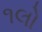
૧લો